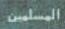
المسلس